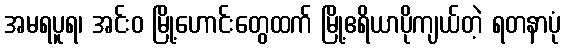
အမရပူရ၊ အင်းဝ မြို့ဟောင်းတွေထက် မြို့ဧရိယာပိုကျယ်တဲ့ ရတနာပုံ